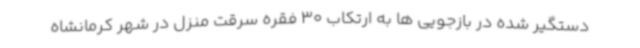
دستگیر شده در بازجویی ها به ارتکاب 30 فقره سرقت منزل در شهر کرمانشاه